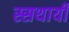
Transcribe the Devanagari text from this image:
स्सथायी